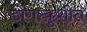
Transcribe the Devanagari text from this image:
डोंगरकुशीत